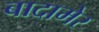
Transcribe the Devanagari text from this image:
बादामेर